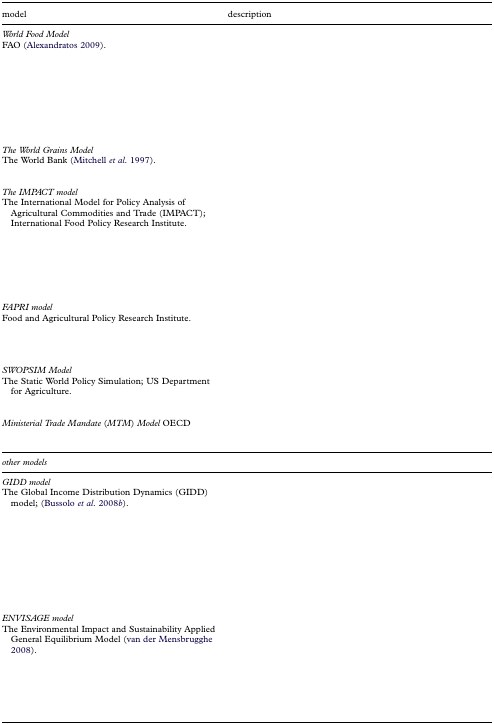
<table><thead><tr><td><b>model</b></td><td><b>description</b></td></tr></thead><tbody><tr><td><i>World Food Model</i></td><td>[EMPTY_CELL]</td></tr><tr><td>FAO (Alexandratos 2009).</td><td>[EMPTY_CELL]</td></tr><tr><td><i>The World Grains Model</i></td><td>[EMPTY_CELL]</td></tr><tr><td>The World Bank (Mitchell <i>et al</i>. 1997).</td><td>[EMPTY_CELL]</td></tr><tr><td><i>The IMPACT model</i></td><td>[EMPTY_CELL]</td></tr><tr><td>The International Model for Policy Analysis of Agricultural Commodities and Trade (IMPACT); International Food Policy Research Institute.</td><td>[EMPTY_CELL]</td></tr><tr><td><i>FAPRI model</i></td><td>[EMPTY_CELL]</td></tr><tr><td>Food and Agricultural Policy Research Institute.</td><td>[EMPTY_CELL]</td></tr><tr><td><i>SWOPSIM Model</i></td><td>[EMPTY_CELL]</td></tr><tr><td>The Static World Policy Simulation; US Department for Agriculture.</td><td>[EMPTY_CELL]</td></tr><tr><td><i>Ministerial Trade Mandate</i> (<i>MTM</i>) <i>Model</i> OECD</td><td>[EMPTY_CELL]</td></tr><tr><td><i>other models</i></td><td>[EMPTY_CELL]</td></tr><tr><td><i>GIDD model</i></td><td>[EMPTY_CELL]</td></tr><tr><td>The Global Income Distribution Dynamics (GIDD) model; (Bussolo <i>et al</i>. 2008<i>b</i>).</td><td>[EMPTY_CELL]</td></tr><tr><td><i>ENVISAGE model</i></td><td>[EMPTY_CELL]</td></tr><tr><td>The Environmental Impact and Sustainability Applied General Equilibrium Model (van der Mensbrugghe 2008).</td><td>[EMPTY_CELL]</td></tr></tbody></table>